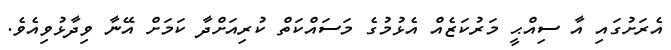
އެރަށުގައި އާ ސިއްޙީ މަރުކަޒެއް އެޅުމުގެ މަސައްކަތް ކުރިއަށްދާ ކަމަށް އޭނާ ވިދާޅުވިއެވެ.